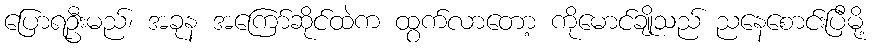
ပြောရဦးမည်၊ အခုန အကြော်ဆိုင်ထဲက ထွက်လာတော့ ကိုမောင်ချိုသည် ညနေစောင်းပြီမို့